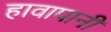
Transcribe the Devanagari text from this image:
हावापानी